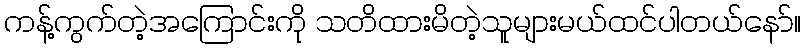
ကန့်ကွက်တဲ့အကြောင်းကို သတိထားမိတဲ့သူများမယ်ထင်ပါတယ်နော်။